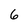
Character: 6